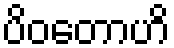
ပိဝတောဟိ